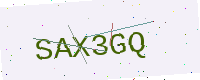
Text: SAX3GQ